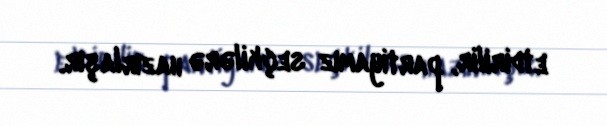
etdirilir, partiyamız seçkilərə hazırlaşır.